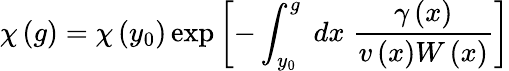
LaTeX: \chi\left(g\right)=\chi\left(y_{0}\right)\exp\left[-\int_{y_{0}}^{g}\; dx\; \frac{\gamma\left(x\right)}{v\left(x\right)W\left(x\right)}\right]